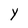
Character: Y